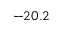
- 2 0 . 2